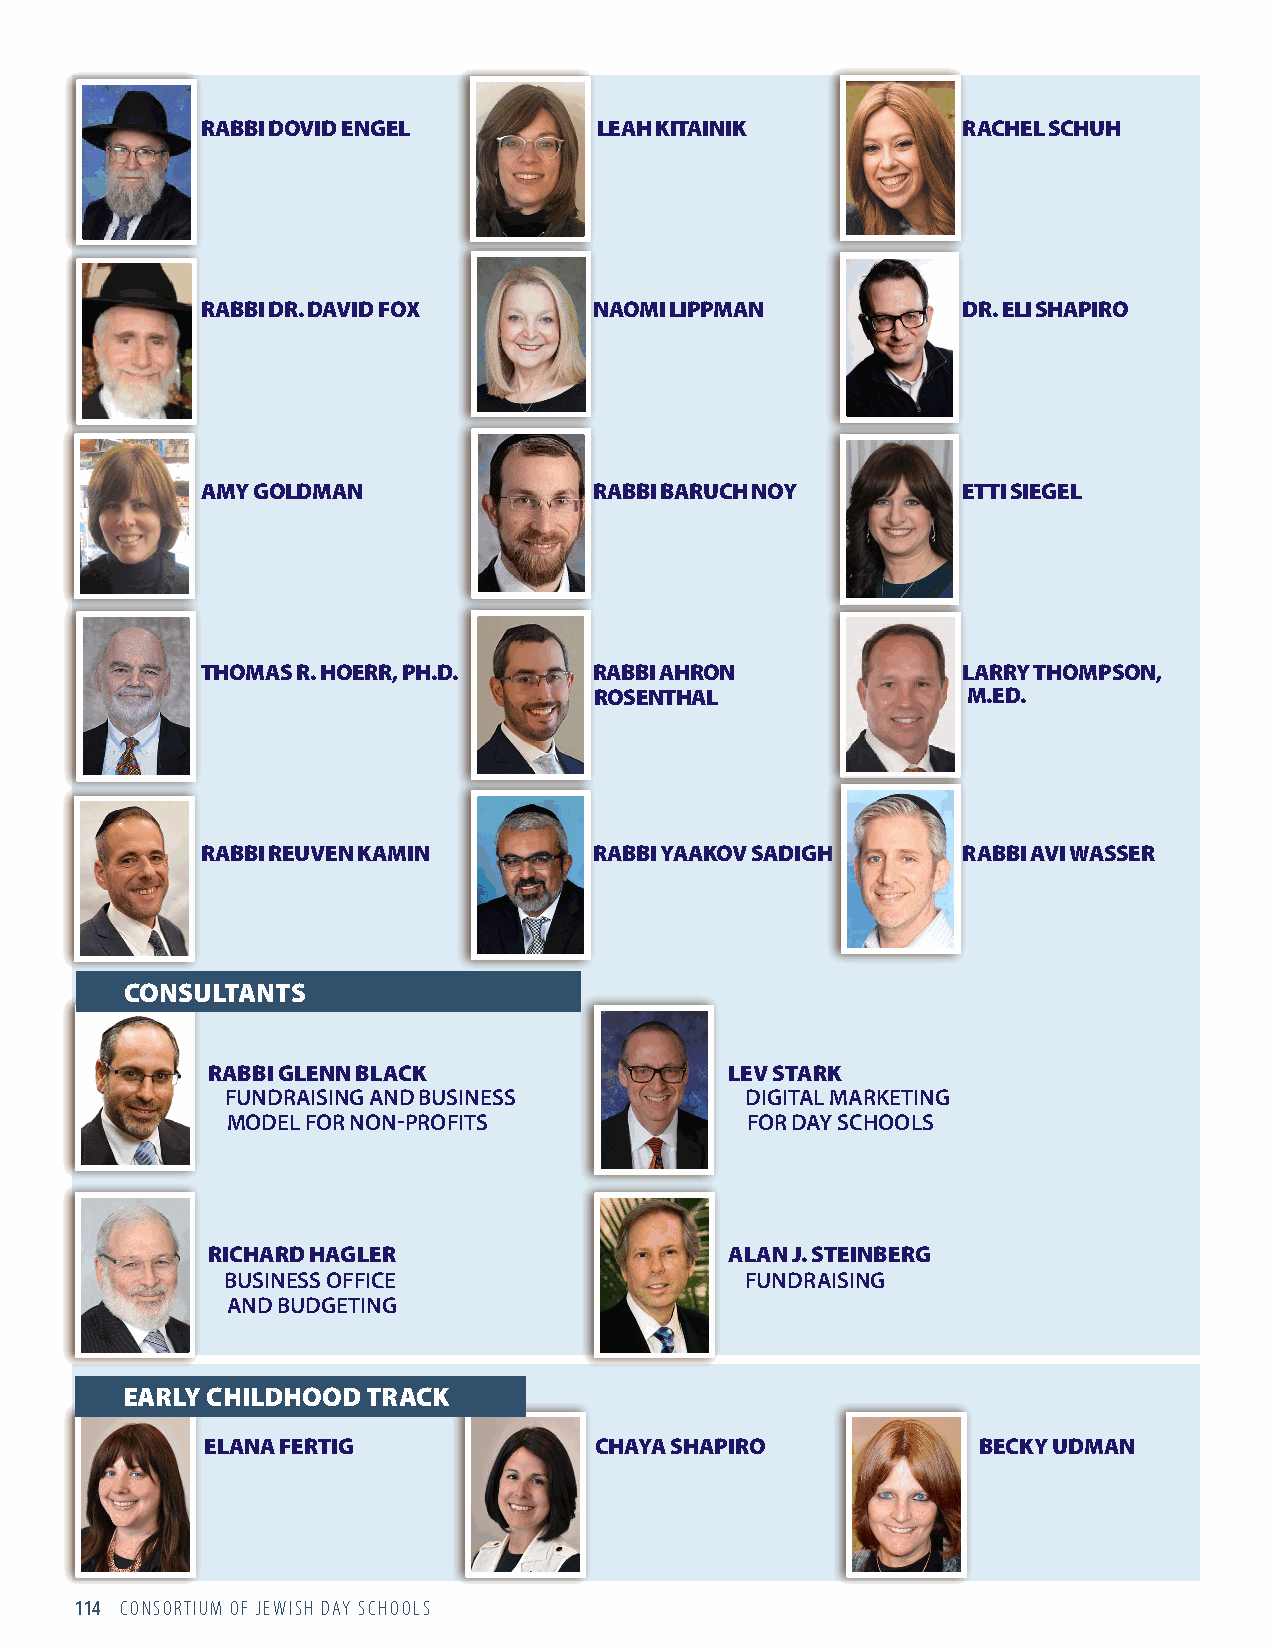
RABBI DOVID ENGEL          LEAH KITAINIK           RACHEL SCHUH
 RABBI DR. DAVID FOX       NAOMI LIPPMAN            DR. ELI SHAPIRO
 AMY GOLDMAN               RABBI BARUCH NOY         ETTI SIEGEL
 THOMAS R. HOERR, PH.D.    RABBI AHRON              LARRY THOMPSON,
 ROSENTHAL                M.ED.
 RABBI REUVEN KAMIN        RABBI YAAKOV SADIGH      RABBI AVI WASSER
 CONSULTANTS
 RABBI GLENN BLACK                 LEV STARK
 FUNDRAISING AND BUSINESS          DIGITAL MARKETING
 MODEL FOR NON-PROFITS             FOR DAY SCHOOLS
 RICHARD HAGLER                    ALAN J. STEINBERG
 BUSINESS OFFICE                   FUNDRAISING
 AND BUDGETING
 EARLY CHILDHOOD TRACK
 ELANA FERTIG             CHAYA SHAPIRO             BECKY UDMAN
 114 CONSORTIUM OF JEWISH DAY SCHOOLS